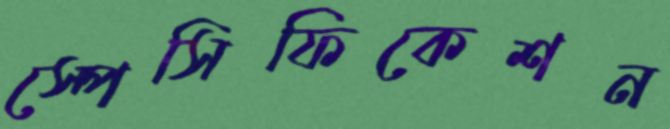
স্পেসিফিকেশন